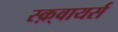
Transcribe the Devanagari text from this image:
स्क़्वायर्स